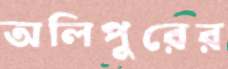
অলিপুরের